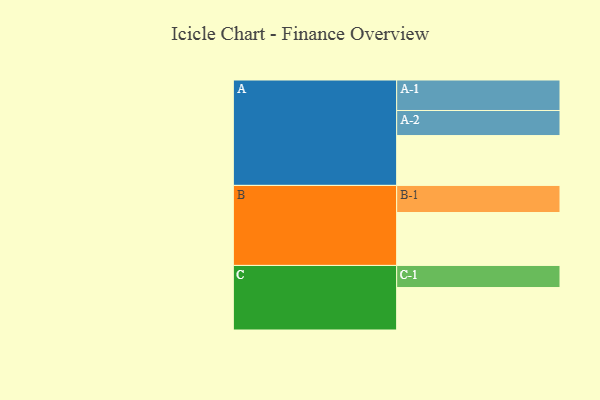
{"axis": {"x": "Segment", "y": "Value"}, "legend": ["", "A", "B", "C"], "data": [{"x": "A", "y": 487, "type": ""}, {"x": "B", "y": 517, "type": ""}, {"x": "C", "y": 415, "type": ""}, {"x": "A-1", "y": 298, "type": "A"}, {"x": "A-2", "y": 245, "type": "A"}, {"x": "B-1", "y": 265, "type": "B"}, {"x": "C-1", "y": 216, "type": "C"}]}